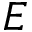
E